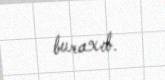
buraxıb.